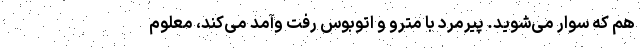
هم که سوار می‌شوید. پیرمرد با مترو و اتوبوس رفت وآمد می‌کند، معلوم